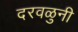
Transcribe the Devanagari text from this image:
दरवळुनी